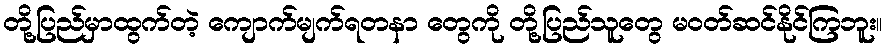
တို့ပြည်မှာထွက်တဲ့ ကျောက်မျက်ရတနာ တွေကို တို့ပြည်သူတွေ မဝတ်ဆင်နိုင်ကြဘူး။